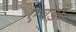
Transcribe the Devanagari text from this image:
एवडा